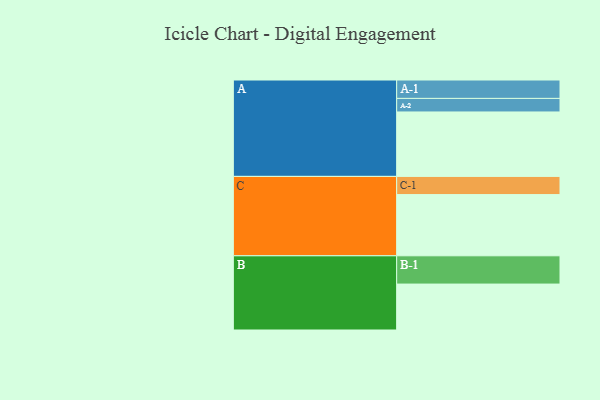
{"axis": {"x": "Segment", "y": "Value"}, "legend": ["", "A", "B", "C"], "data": [{"x": "A", "y": 595, "type": ""}, {"x": "B", "y": 424, "type": ""}, {"x": "C", "y": 565, "type": ""}, {"x": "A-1", "y": 170, "type": "A"}, {"x": "A-2", "y": 125, "type": "A"}, {"x": "B-1", "y": 261, "type": "B"}, {"x": "C-1", "y": 168, "type": "C"}]}